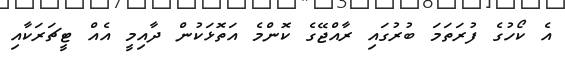
އެ ކޯހުގެ ފުރަތަމަ ބުރުގައި ރާއްޖޭގެ ކޮންމެ އަތޮޅަކުން ދާއިމީ އެއް ޓީޗަރަކާއި